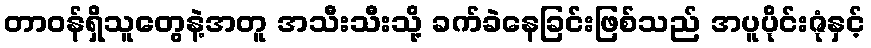
တာဝန်ရှိသူတွေနဲ့အတူ အသီးသီးသို့ ခက်ခဲနေခြင်းဖြစ်သည် အပူပိုင်းဇုံနှင့်